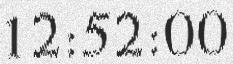
12:52:00